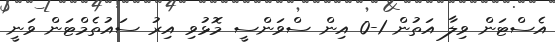
އެސްޓަން ވިލާ އަތުން 1-0 އިން ސްވަންސީ މޮޅުވި އިރު ސައުތެމްޓަން ވަނީ